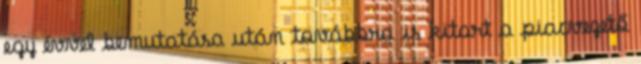
egy évvel bemutatása után továbbra is kitart a piacvezető